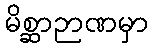
မိစ္ဆာဉာဏမှာ